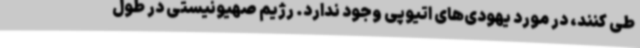
طی کنند، در مورد یهودی‌های اتیوپی وجود ندارد. رژیم صهیونیستی در طول